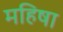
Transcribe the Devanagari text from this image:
महिषा